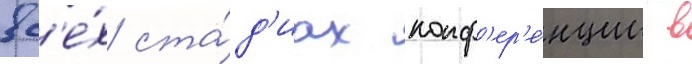
вс'е́х ста́д'иах конф'ер'е́нции в